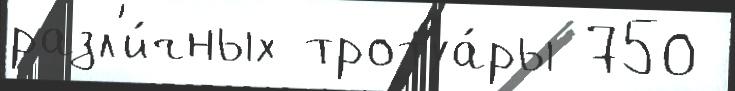
разл'и́чных тротуа́ры 750